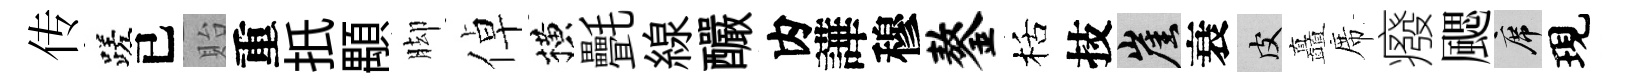
传蹉已貽重扺顒脚倬横㲲線釅内譁穆鏊栝技崖衰皮矗席癈颸席現